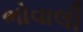
ભોવાલી